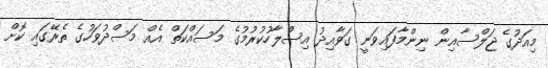
މިއަދުގެ ޖަލްސާއިން ނިންމާފައިވަނީ ގަވާއިދު އިސްލާހުކުރުމުގެ މަސައްކަތް އެއް މަސްދުވަހުގެ ތެރޭގައި ކޮށް